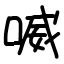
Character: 喴